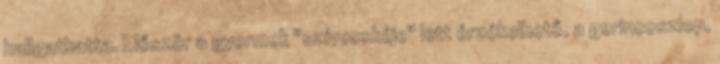
hallgathatta. Először a gyermek "szívecskéje" lett érzékelhető, a gerincoszlop,